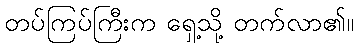
တပ်ကြပ်ကြီးက ရှေ့သို့ တက်လာ၏။